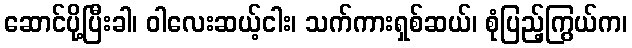
ဆောင်ပို့ပြီးခါ၊ ဝါလေးဆယ့်ငါး၊ သက်ကားရှစ်ဆယ်၊ စုံပြည့်ကြွယ်က၊